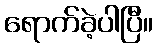
ရောက်ခဲ့ပါပြီ။